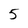
Character: 5